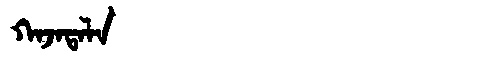
Manchu: ᡴᠠᠵᠠᡨᠠᠯᠠ
Romanization: KAJATALA